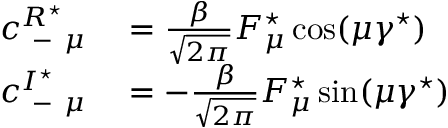
\begin{array} { r l } { c _ { \mathrm { ~ - ~ } \mu } ^ { R ^ { \star } } } & { { } = \frac { \beta } { \sqrt { 2 \pi } } F _ { \mu } ^ { \star } \cos ( \mu \gamma ^ { \star } ) } \\ { c _ { \mathrm { ~ - ~ } \mu } ^ { I ^ { \star } } } & { { } = - \frac { \beta } { \sqrt { 2 \pi } } F _ { \mu } ^ { \star } \sin ( \mu \gamma ^ { \star } ) } \end{array}